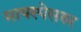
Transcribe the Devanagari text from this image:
मायस्पेसवर